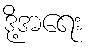
ဒို့အရေး